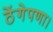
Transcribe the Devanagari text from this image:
ठेंगेपणा।